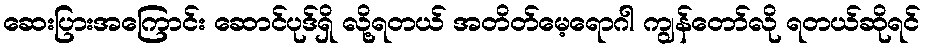
ဆေးပြားအကြောင်း ဆောင်ပုဒ်ရှိ လို့ရတယ် အတိတ်မေ့ရောဂါ ကျွန်တော်လို ရတယ်ဆိုရင်